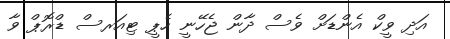
އަދި ވީކް އެންޑަށް ވެސް ދާން ޖެހޭނީ ހެޕީ ޓިއަރސް ޑްރޮޕް ވާ